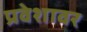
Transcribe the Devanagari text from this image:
प्रवेशावर